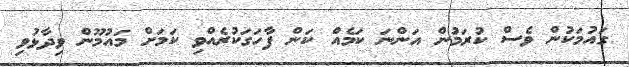
ގައުމަކުން ވެސް ކުރަމުން އަންނަ ކަމެއް ކަން ފާހަގަކުރެއްވި ކަމަށް މައުމޫން ވިދާޅުވި